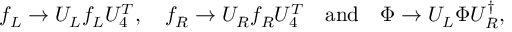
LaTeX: f _ { L } \to U _ { L } f _ { L } U _ { 4 } ^ { T } , \quad f _ { R } \to U _ { R } f _ { R } U _ { 4 } ^ { T } \quad \mathrm { a n d } \quad \Phi \to U _ { L } \Phi U _ { R } ^ { \dagger } ,